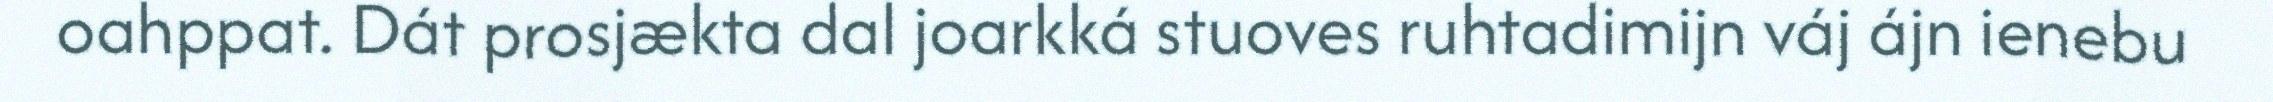
oahppat. Dát prosjækta dal joarkká stuoves ruhtadimijn váj ájn ienebu